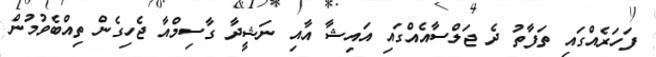
ފަހަރެއްގައި ތަފާތު ދެ ޖަލްސާއެއްގައި އައިޝާ އާއި ނަޝީދާ ގާސިމްއާ ޖެހިގެން ތިއްބެވުމުން